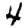
Digit: 4